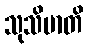
သုသိမာတိ